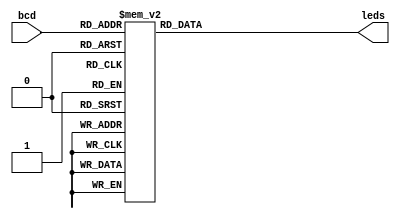
module seg7(bcd,leds);
input [3:0]bcd;
output reg [1:7]leds;
always@(bcd)
 case(bcd)  //abcdefg assuming to be common cathode seven segment display
0: leds=7'b1111110;
1: leds=7'b0110000;
2: leds=7'b1101101;
3: leds=7'b1111001;
4: leds=7'b0110011;
5: leds=7'b1011011;
6: leds=7'b1011111;
7: leds=7'b1110000;
8: leds=7'b1111111;
9: leds=7'b1111011;
default :leds=7'bx;
endcase
endmodule